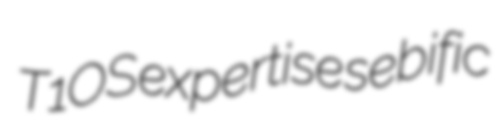
T1OS expertise sebific